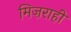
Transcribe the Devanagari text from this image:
मिज़राही